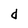
Character: d